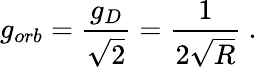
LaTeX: g_{orb}=\frac{g_{D}}{\sqrt{2}}=\frac{1}{2\sqrt{R}}\ .